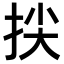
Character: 𢬅